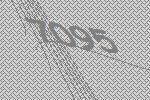
7095